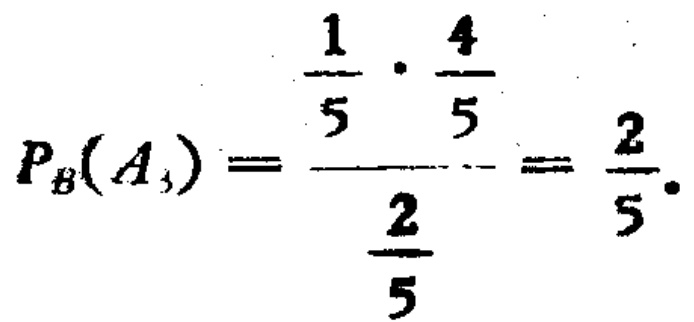
\[P_{B}(A_{3})=\frac{\frac{1}{5}\cdot\frac{4}{5}}{\frac{2}{5}}=\frac{2}{5}.\]